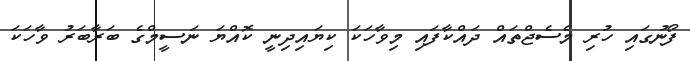
ފޯނުގައި ހުރި މެސެޖްތައް ދައްކާފައި މިވާހަކަ ކިޔައިދިނީ ކޮއްޔަ ނަސީމްގެ ބަރާބަރު ވާހަކަ